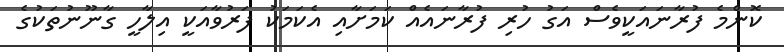
ކޮންމެ ފުރާނައަކީވެސް އަގު ހުރި ފުރާނައެއް ކަމަށާއި އެކަމަކު ފަރުވާއަކީ އިލާހީ ގާނޫނުތަކުގެ